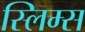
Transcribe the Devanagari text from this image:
स्लिम्स